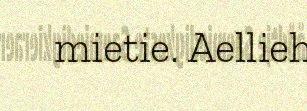
mietie. Aellieh